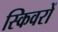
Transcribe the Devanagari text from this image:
स्किवरों